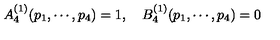
A _ { 4 } ^ { ( 1 ) } ( p _ { 1 } , \cdots , p _ { 4 } ) = 1 , \quad B _ { 4 } ^ { ( 1 ) } ( p _ { 1 } , \cdots , p _ { 4 } ) = 0